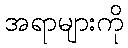
အရာများကို